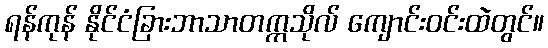
ရန်ကုန် နိုင်ငံခြားဘာသာတက္ကသိုလ် ကျောင်းဝင်းထဲတွင်။